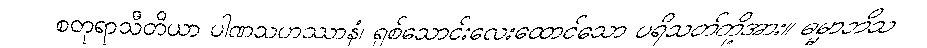
စတုရာသီတိယာ ပါဏသဟဿာနံ၊ ရှစ်သောင်းလေးထောင်သော ပရိသတ်တို့အား။ ဓမ္မာဘိသ